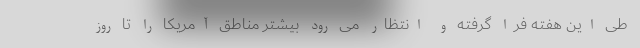
طی این هفته فرا گرفته و انتظار می رود بیشتر مناطق آمریکا را تا روز